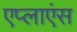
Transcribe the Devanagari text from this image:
एप्लाएंस